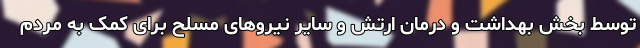
توسط بخش بهداشت و درمان ارتش و سایر نیروهای مسلح برای کمک به مردم